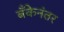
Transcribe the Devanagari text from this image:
बँकेनंतर